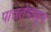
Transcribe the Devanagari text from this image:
पात्रतेपासून